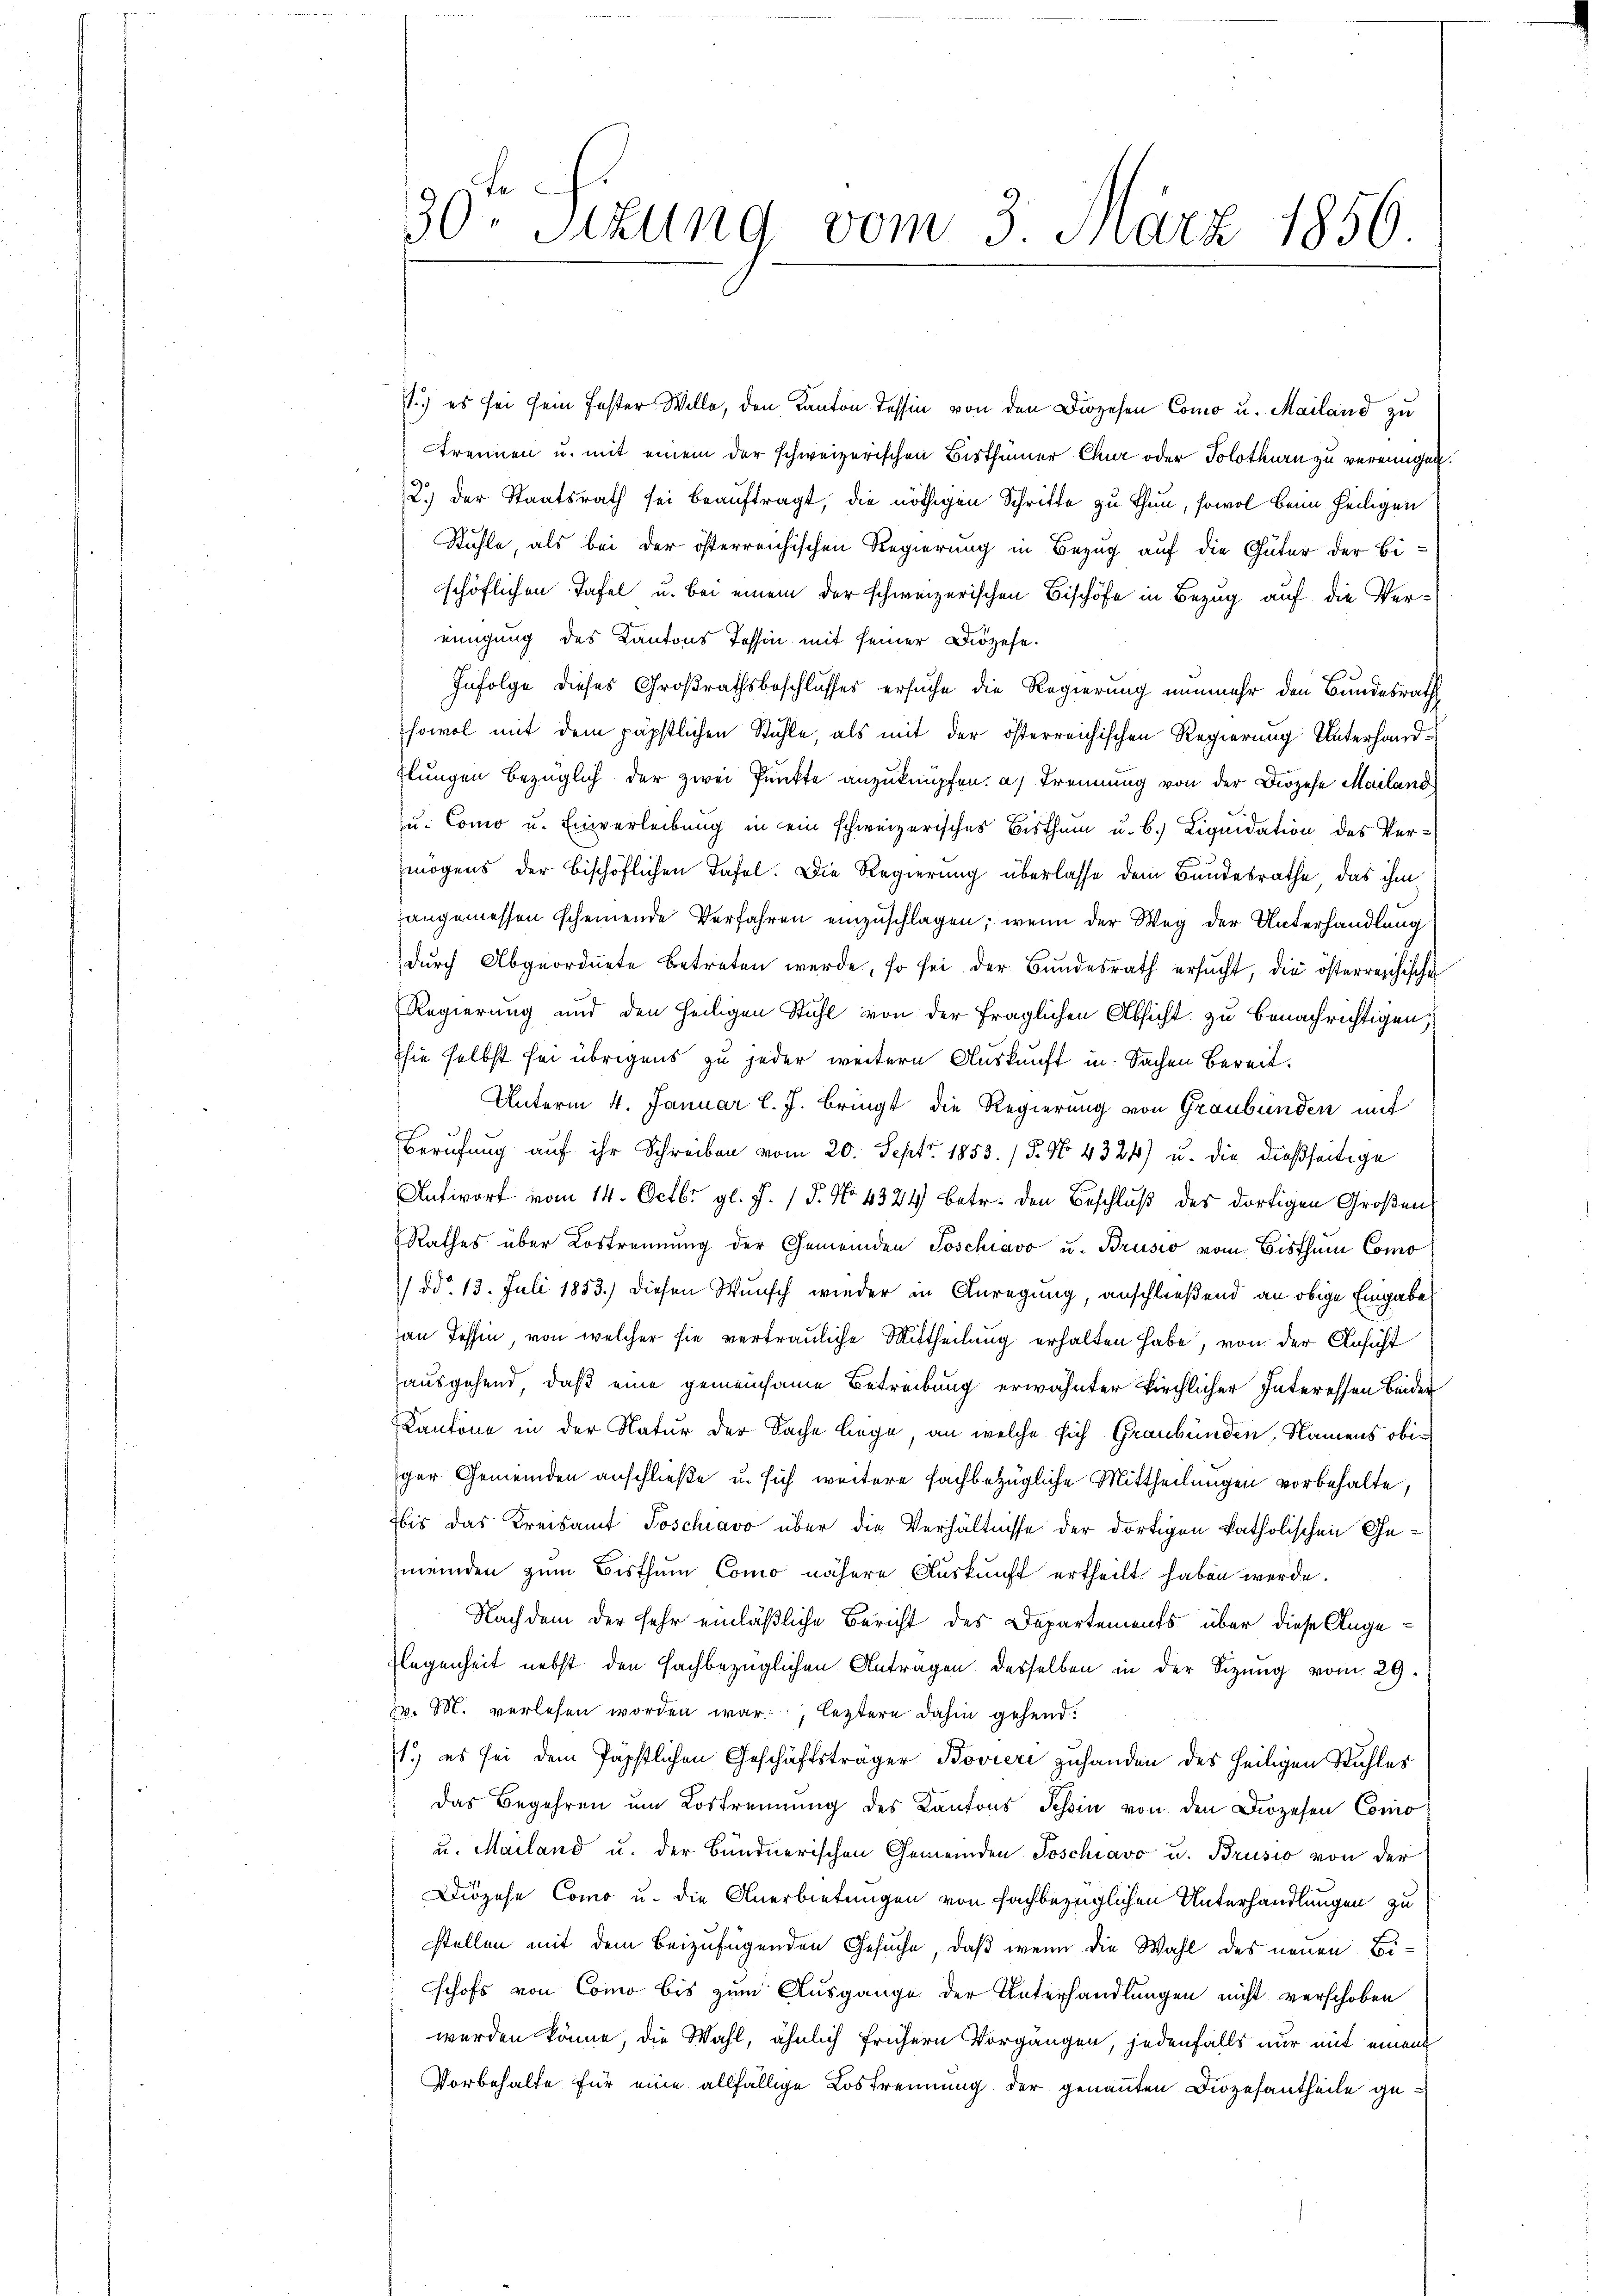
30ten Sizung vom 3. März 1856.

.) es sei sein fester Welle, den Kanton Tessin von den Diözesen Como u. Mailand zu
trennen u. mit einem der schweizerischen Bisthümer Chur oder Solothurn zu vereinigen.
2.) Der Staatsrath sei beauftragt, die nöthigen Schritte zu thun, sowol beim heiligen
Stühle, als bei der österreichischen Regierung in Bezug auf die Güter der Beschöflichen Tafel u. bei einem der schweizerischen Bischöfe in Bezug auf die Vereinigung des Kantons Tessin mit seiner Diözese
Infolge dieses Großrathsbeschlusses ersuche die Regierung nunmehr den Bundesrath
sowol mit dem päpstlichen Stühle, als mit der österreichischen Regierung Unterhandflungen bezüglich der zwei Punkte anzuknüpfen. a.) Trennung von der Diözese Mailand
u. Como u. Einverleibung in ein schweizerisches Bisthum u. b.) Liquidation des Vermögens der bischöflichen Tafel. Die Regierung überlasse dem Bundesrathe, das ihm
angemessen scheinende Verfahren einzuschlagen; wenn der Weg der Unterhandlung
durch Abgeordnete betreten werde, so sei der Bundesrath ersucht, die österreichische
Regierung und den heiligen Stuhl von der fraglichen Absicht zu benachrichtigen,
Ihie selbst sei übrigens zu jeder weitere Auskunft in Sachen Bereit.
Unterm 4. Januar l. J. bringt die Regierung von Graubünden mit
Berufung auf ihr Schreiben vom 20. Sept. 1853. / 5. No. 4324) u. die dießseitige
Antwort vom 14. Octbr. gl. J. / 5. No 1324 betr. den Beschluß des dortigen Großen
Rathes über Lostrennung der Gemeinden Poschiavo u. Brusio vom Bisthum Como
(dd. 13. Juli 1853.) diesen Wunsch wieder in Anregung, anschließend an obige Eingabe
an Tessin, von welcher sie vertrauliche Mittheilung erhalten habe, von der Ansicht
ausgehend, daß eine gemeinsame Betreibung erwähnter kirchlicher Interessen beider
Kantone in der Natur der Sache liege, an welche sich Graubünden, Namens obiger Gemeinden anschließe u. sich weitere fachbezügliche Mittheilungen vorbehalte,
bis das Kreisamt Poschiavo über die Verhältnisse der dortigen katholischen Gemeinden zum Bisthum Como nähere Auskunft ertheilt haben werde.
Nachdem der sehr einläßliche Bericht des Departements über diese Ange¬
Flegenheit nebst den sachbezüglichen Antragen desselben in der Sizung vom 29.
v. M. verlesen worden war, leztere dahin gehend:
1.) es sei dem Papstlichen Geschäftsträger Bovieri zuhanden des heiligen Stuhles
das Begehren um Vortrennung des Kantons Tessin von den Diözesen Como
u. Mailand u. der Bündnerischen Gemeinden Poschiavo u. Brusio von der
Diözese Como u. die Anerbietungen von fachbezüglichen Unterhandlungen zu
stellen mit dem beizufügenden Gesuche, daß wenn die Wahl des neuen Beschofs von Como bis zum Ausgange der Unterhandlungen nicht verschoben
werden könne, die Wahl, ähnlich frühern Vorgangen, jedenfalls nur mit einem
Vorbehalte für eine allfällige Lostrennung der genannten Diözesantheile ge¬